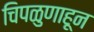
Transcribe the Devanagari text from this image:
चिपळुणाहून